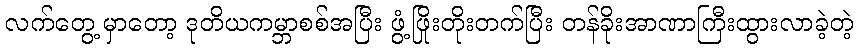
လက်တွေ့ မှာတော့ ဒုတိယကမ္ဘာစစ်အပြီး ဖွံ့ဖြိုးတိုးတက်ပြီး တန်ခိုးအာဏာကြီးထွားလာခဲ့တဲ့